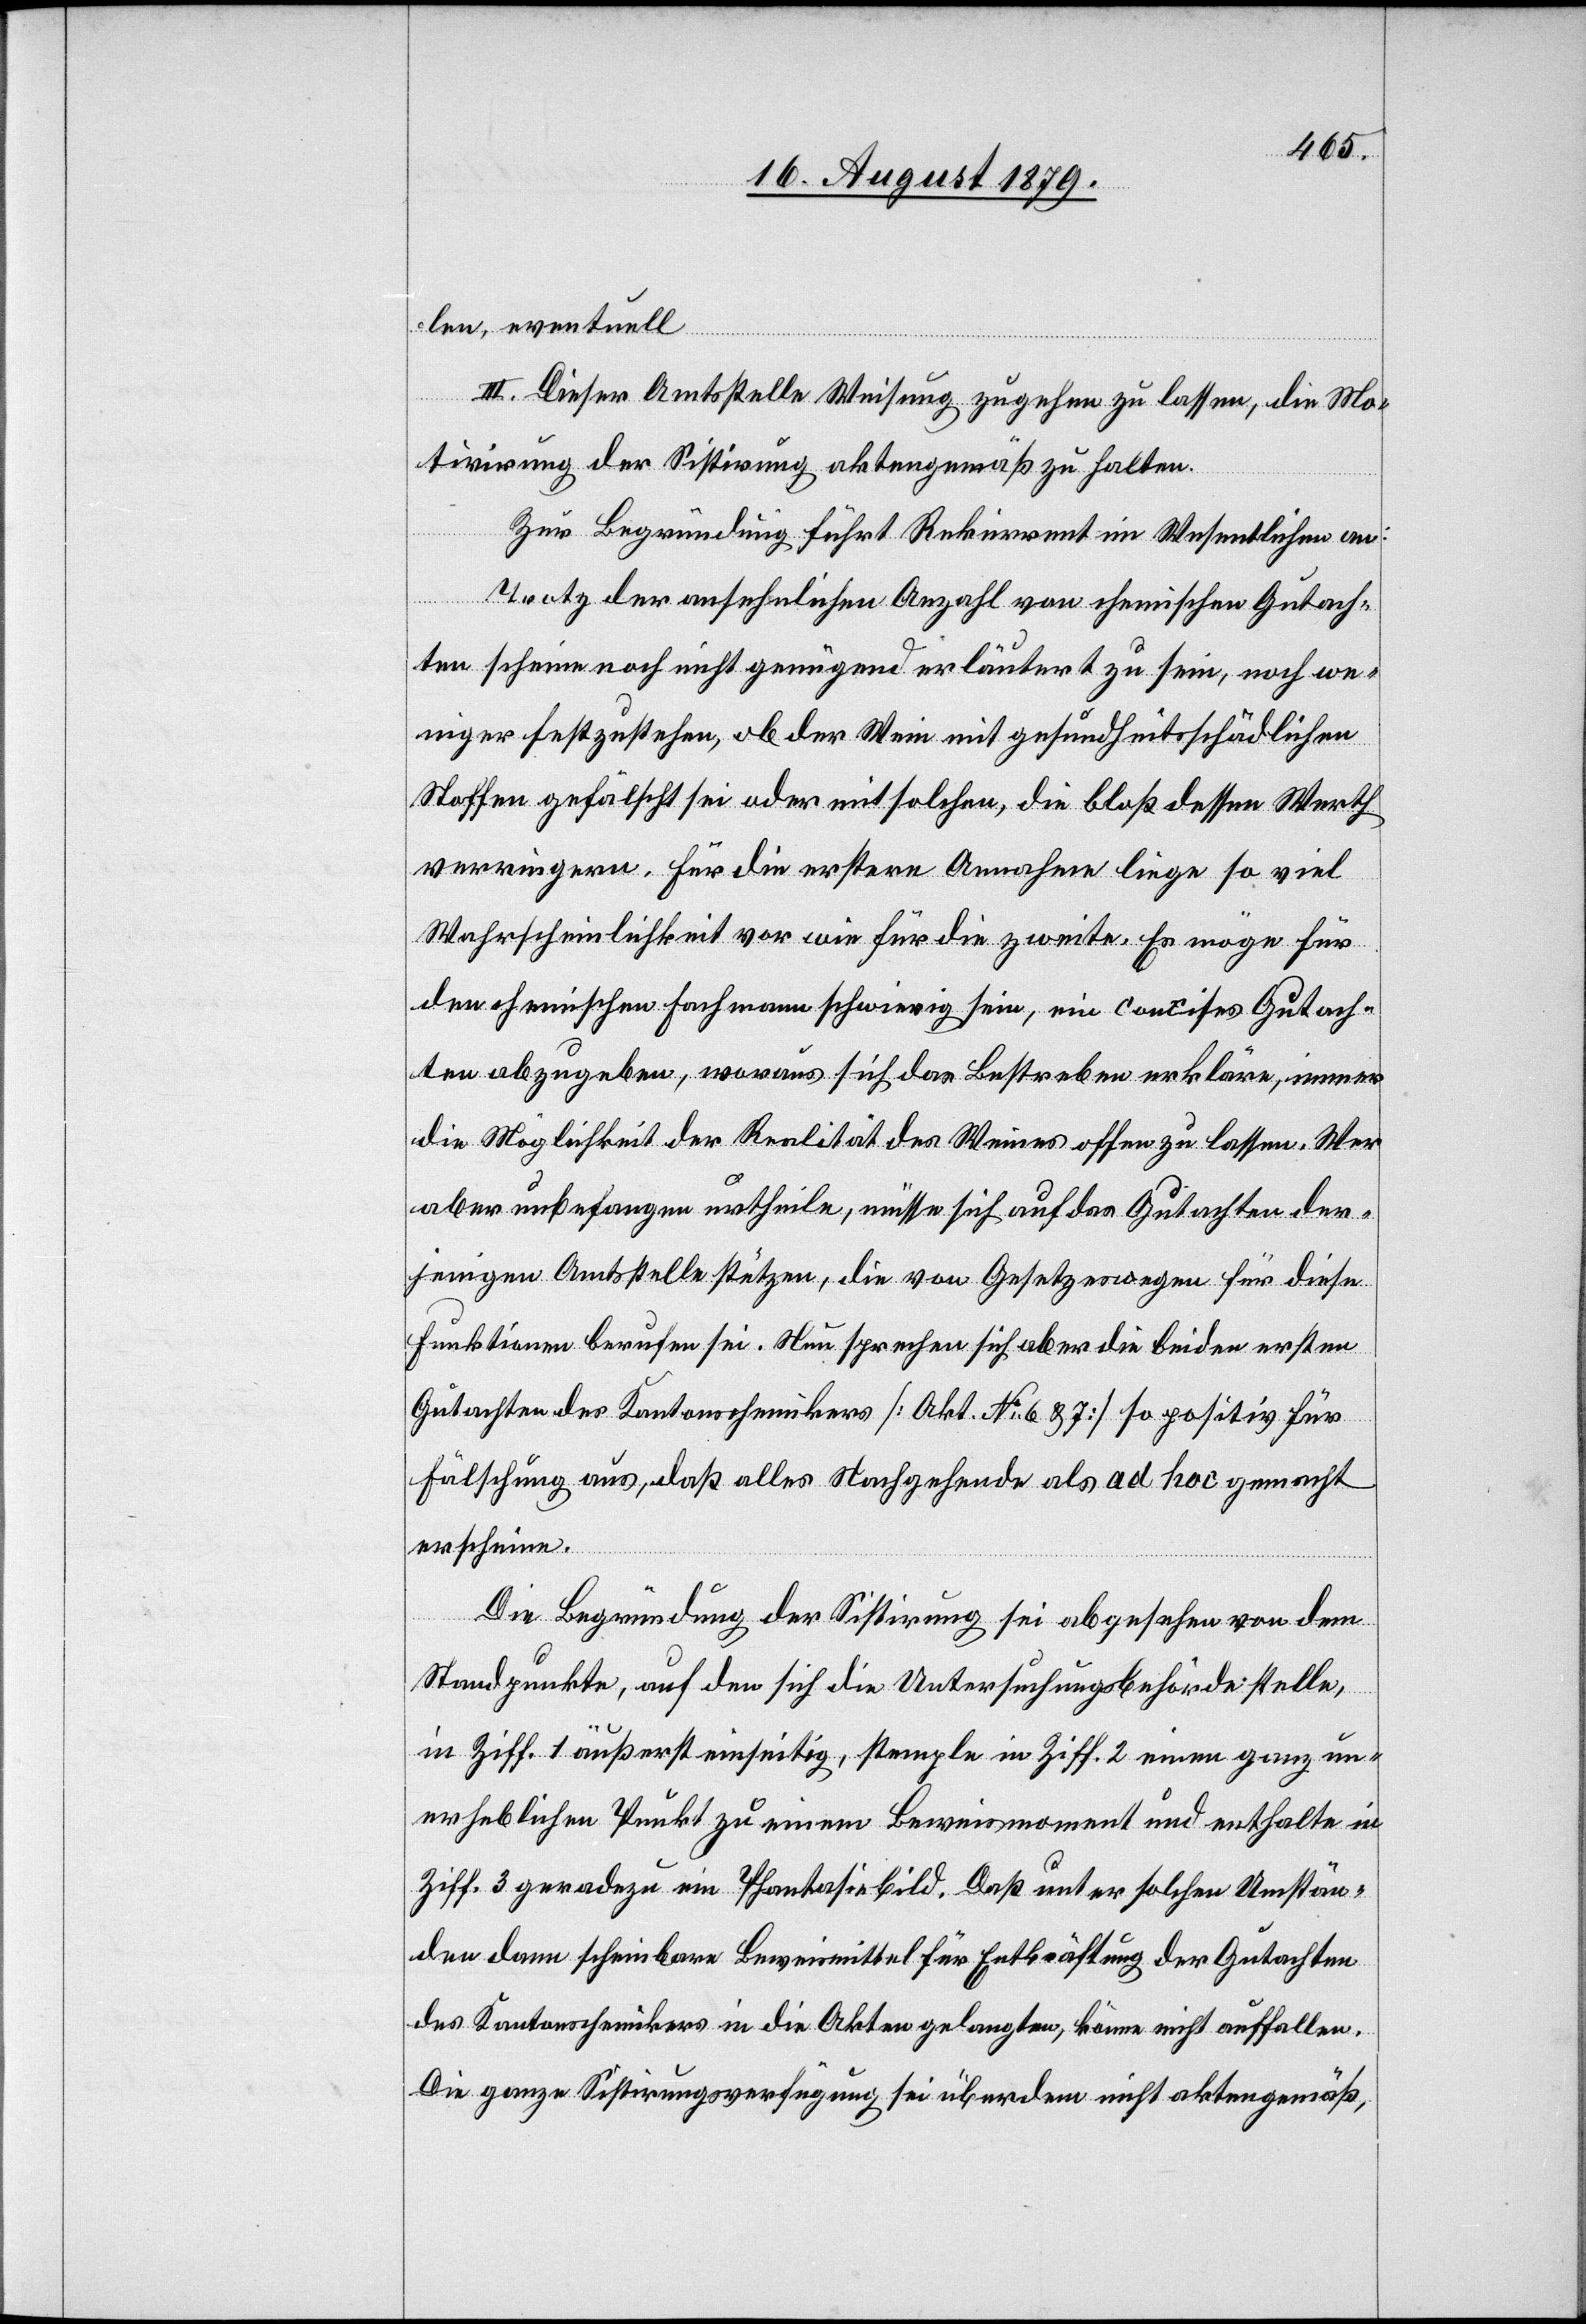
len, eventuell
III. Dieser Amtsstelle Weisung zugehen zu lassen, die Mo¬
tivirung der Sistirung aktengemäß zu halten.
Zur Begründung führt Rekurrent im Wesentlichen an:
Trotz der ansehnlichen Anzahl von chemischen Gutach¬
ten scheine noch nicht genügend erläutert zu sein, noch we¬
niger festzustehen, ob der Wein mit gesundheitsschädlichen
Stoffen gefälscht sei oder mit solchen, die bloß dessen Werth
verringern. Für die erstere Annahme liege so viel
Wahrscheinlichkeit vor wie für die zweite. Es möge für
den chemischen Fachmann schwierig sein, ein concises Gutach¬
ten abzugeben, woraus sich das Bestreben erkläre, immer
die Möglichkeit der Realität des Weines offen zu lassen. Wer
aber unbefangen urtheile, müsse sich auf das Gutachten der¬
jenigen Amtsstelle stützen, die von Gesetzwegen für diese
Funktionen berufen sei. Nun sprechen sich aber die beiden ersten
Gutachten des Kantonschemikers [Akt. No 6 & 7] so positiv für
Fälschung aus, daß alles Nachgehende als ad hoch gemacht
erscheine.
Die Begründung der Sistirung sei abgesehen von dem
Standpunkte, auf den sich die Untersuchungsbehörde stelle,
in Ziff. 1 äußerst einseitig, stemple in Ziff. 2 einen ganz un¬
erheblichen Punkt zu einem Beweismoment und enthalte in
Ziff. 3 geradezu ein Phantasiebild. Daß unter solchen Umstän¬
den dann scheinbar Beweismittel für Entkräftung der Gutachten
des Kantonschemikers in die Akten gelangten, könne nicht auffallen.
Die ganze Sistirungsverfügung sei überdem nicht aktengemäß,